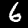
Label: 6